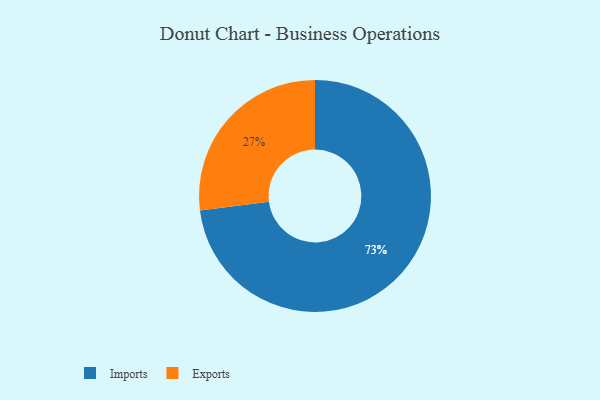
{"axis": {"x": "Category", "y": "Percentage"}, "legend": ["Exports", "Imports"], "data": [{"x": "Imports", "y": 73, "type": "Imports"}, {"x": "Exports", "y": 27, "type": "Exports"}]}